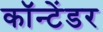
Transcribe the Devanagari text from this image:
कॉन्टेंडर